Vaccination in Bombay 1874-1876 - 1874-1876
Year: 1874
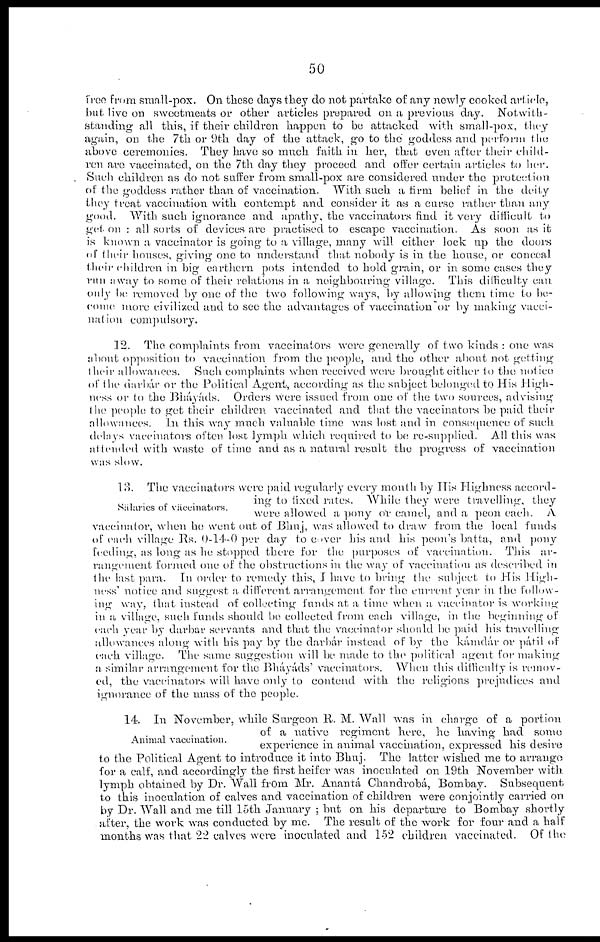
50
free from small-pox. On these days they do not partake of any newly cooked article,
but live on sweetmeats or other articles prepared on a previous day. Notwith-
standing all this, if their children happen to be attacked with small-pox, they
again, on the 7th or 9th day of the attack, go to the goddess and perform the
above ceremonies. They have so much faith in her, that even after their child-
ren are vaccinated, on the 7th day they proceed and offer certain articles to her.
Such children as do not suffer from small-pox are considered under the protection
of the goddess rather than of vaccination. With such a firm belief in the deity
they treat vaccination with contempt and consider it as a curse rather than any
good. With such ignorance and apathy, the vaccinators find it very difficult to
get on : all sorts of devices are practised to escape vaccination. As soon as it
is known a vaccinator is going to a village, many will either lock up the doors
of their houses, giving one to understand that nobody is in the house, or conceal
their children in big earthern pots intended to hold grain, or in some cases they
run a way to some of their relations in a neighbouring village. This difficulty can
only be removed by one of the two following ways, by allowing them time to be-
---e more civilized and to see the advantages of vaccination or by making vacci-
nation compulsory.
12. The complaints from vaccinators were generally of two kinds : one was
about opposition to vaccination from the people, and the other about not getting
their allowances. Such complaints when received were brought either to the notice;
of the darbár or the Political Agent, according as the subject belonged to His High-
ness or to the Bháyáds. Orders were issued from one of the two sources, advising
the people to get their children vaccinated and that the vaccinators be paid their
allowances. In this way much valuable time was lost and in consequence of such
delays vaccinators often lost lymph which required to be re-supplied. All this was
attended with waste of time and as a natural result the progress of vaccination
was slow.
Salaries of vaccinators.
13. The vaccinators were paid regularly every month by His Highness accord-
ing to fixed rates. While they were travelling, they
were allowed a pony or camel, and a peon each. A
vaccinator, when he went out of Bhuj, was allowed to draw from the local funds
of each village Rs. 0-14-0 per day to cover his and his peon's batta, and pony
feeding, as long as he stopped there for the purposes of vaccination. This ar-
rangement formed one of the obstructions in the way of vaccination as described in
the last para. In order to remedy this, I have to bring the subject to His High-
ness' notice and suggest a different arrangement for the current year in the billow-
ing way, that instead of collecting funds at a time when a vaccinator is working
in a village, such funds should be collected from each village, in the beginning of
each year by durbar servants and that the vaccinator should be paid his travelling
allowances along with his pay by the darbár instead of by the kámdár or pátil of
each village. The same suggestion will he made to the political agent for making
a similar arrangement for the Bháyáds' vaccinators. When this difficulty is remov-
ed, the vaccinators will have only to contend with the religious prejudices and
ignorance of the mass of the people.
Animal vaccination.
14. In Novemher, while Surgeon R. M. Wall was in charge of a portion
of a native regiment here, he having had some
experience in animal vaccination, expressed his desire
to the Political Agent to introduce it into Bhuj. The latter wished me to arrange
for a calf, and accordingly the first heifer was inoculated on 19th November with
lymph obtained by Dr. Wall from Mr. Anantá Chandrobá, Bombay. Subsequent
to this inoculation of calves and vaccination of children were conjointly carried on
by Dr. Wall and me till loth January ; hut on his departure to Bombay shortly
after, the work was conducted by me. The result of the work for four and a half
months was that 22 calves were inoculated and 152 children vaccinated. Of (ho